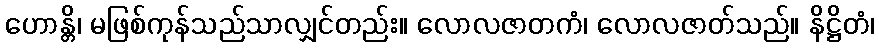
ဟောန္တိ၊ မဖြစ်ကုန်သည်သာလျှင်တည်း။ လောလဇာတကံ၊ လောလဇာတ်သည်။ နိဋ္ဌိတံ၊